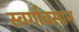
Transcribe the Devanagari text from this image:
स्वर्गावसान